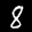
Label: 8